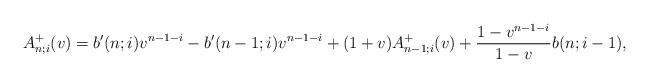
LaTeX: \begin{align*}A^+_{n;i}(v)=b'(n;i)v^{n-1-i}-b'(n-1;i)v^{n-1-i}+(1+v)A^+_{n-1;i}(v)+\frac{1-v^{n-1-i}}{1-v}b(n;i-1),\end{align*}